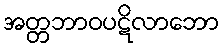
အတ္တဘာဝပဋိလာဘော